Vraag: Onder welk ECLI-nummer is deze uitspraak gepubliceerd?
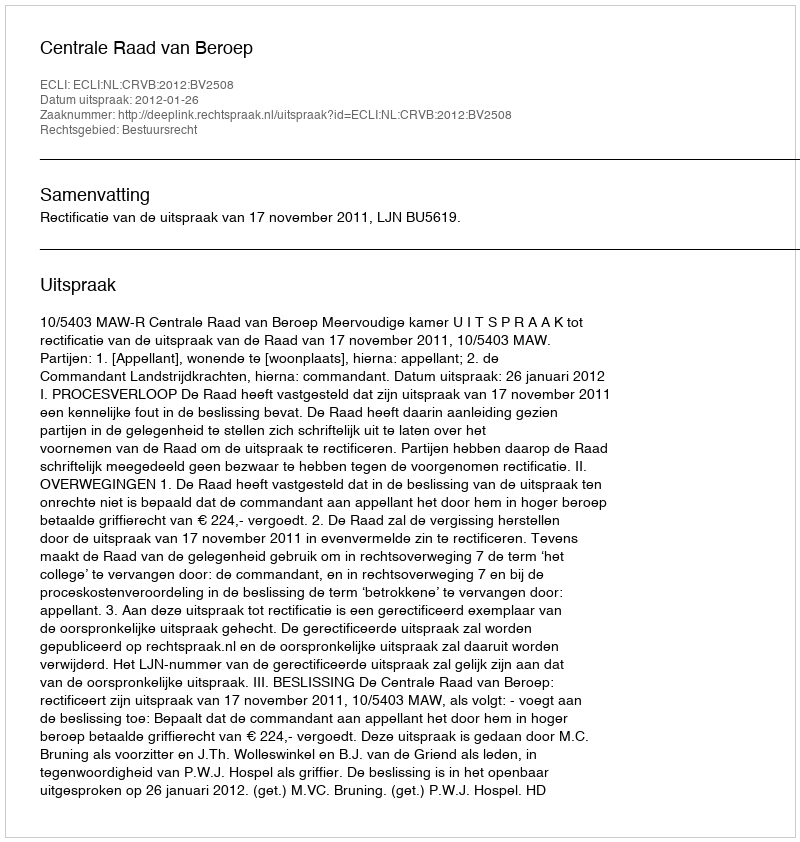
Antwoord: ECLI:NL:CRVB:2012:BV2508